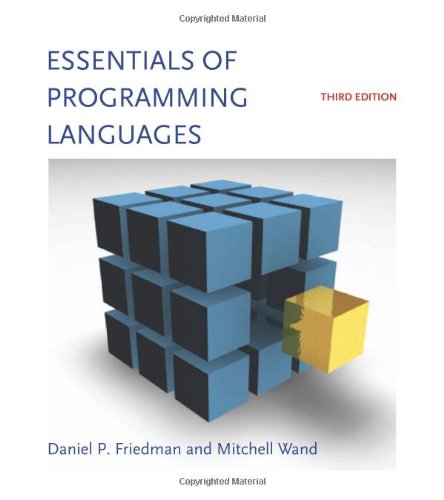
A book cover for Essentials of Programming Languages; Daniel P. Friedman; Computers & Technology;